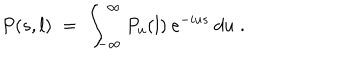
LaTeX: P ( s , l ) \; = \; \int _ { - \infty } ^ { \infty } P _ { u } ( l ) \: e ^ { - i u s } \: d u \; .